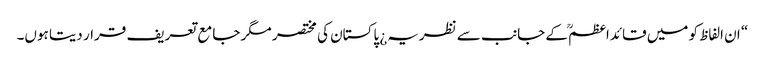
“ ان الفاظ کو میں قائداعظمؒ کے جانب سے نظریہ¿ پاکستان کی مختصر مگر جامع تعریف قرار دیتا ہوں۔